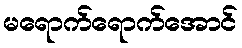
မရောက်ရောက်အောင်